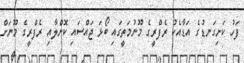
ފަހު ކަށިގަނޑުގެ އަޑާއެކު ރެފްރީގެ މޫނުމަތީގައި ބޯޅަ ޖައްސައި ކޮށްލާއި ރެފްރީގެ މޫނަށް